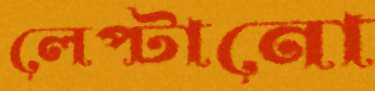
লেপ্‌টানো